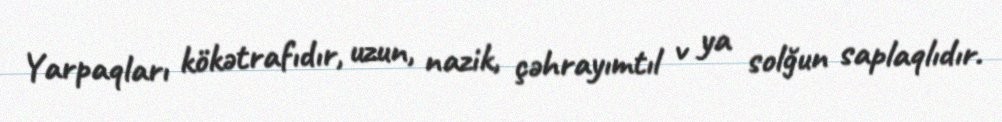
Yarpaqları kökətrafıdır, uzun, nazik, çəhrayımtıl v ya solğun saplaqlıdır.